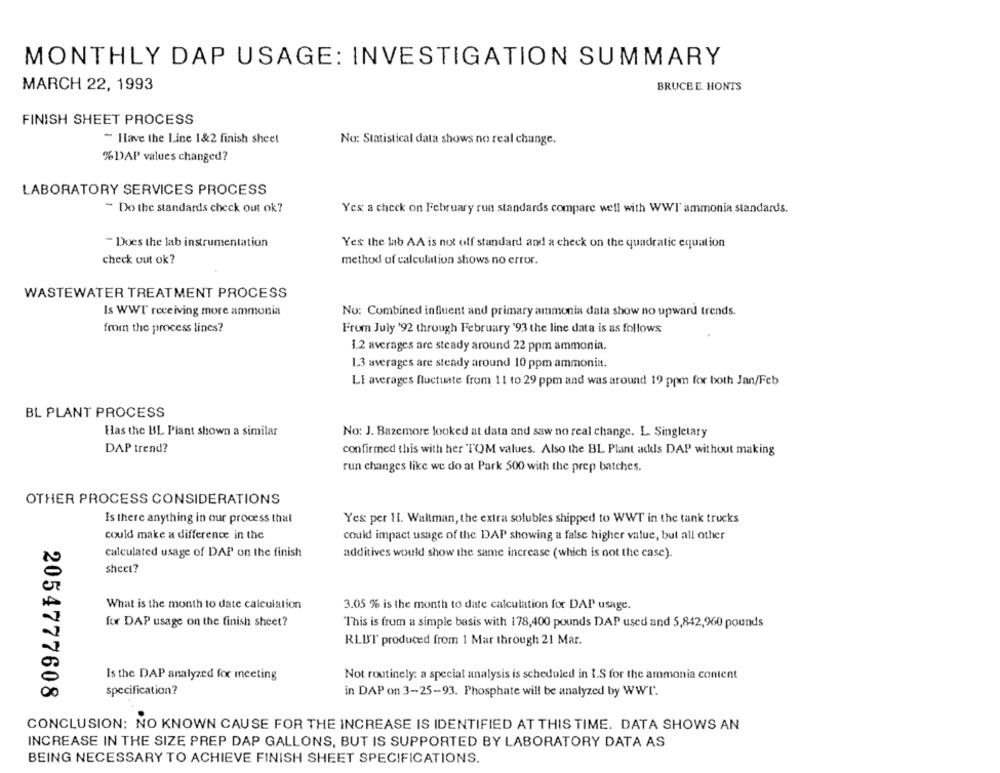
MONTHLY DAP USAGE: INVESTIGATION SUMMARY
MARCH 22, 1993
BRUCEE. HONTS
FINISH SHEET PROCESS
~ Have the Line 1&2 finish sheet
No: Statistical data shows no real change.
% DAP values changed?
LABORATORY SERVICES PROCESS
" Do the standards check out ok?
Yes a check on February run standards compare well with WWI ammonia standards.
" Does the lab instrumentation
Yes the lab AA is not off standard and a check on the quadratic equation
check out ok?
method of calculation shows no error.
WASTEWATER TREATMENT PROCESS
Is WWT receiving more ammonia
No: Combined influent and primary ammonia data show no upward trends.
from the process lines?
From July '92 through February '93 the line data is as follows
1.2 averages are steady around 22 ppm ammonia.
1.3 averages are steady around 10 ppm ammonia.
LI averages fluctuate from 11 to 29 ppm and was around 19 ppm for both Jan/Feb
BL PLANT PROCESS
Has the BL Piant shown a similar
No: J. Bazemore looked at data and saw no real change. L. Singletary
DAP trend?
confirmed this with her TOM values. Also the BL Plant adds DAP without making
run changes like we do at Park 500 with the prep batches.
OTHER PROCESS CONSIDERATIONS
Is there anything in our process that
Yes per H. Waltman, the extra solubles shipped to WWT in the tank trucks
could make a difference in the
could impact usage of the DAP showing a false higher value, but all other
calculated usage of DAP on the finish
additives would show the same increase (which is not the case).
sheet?
What is the month to date calculation
3.05 % is the month to date calculation for DAP usage.
for DAP usage on the finish sheet?
This is from a simple basis with 178,400 pounds DAP used and 5,842,960 pounds
RLUFT produced from 1 Mar through 21 Mar.
Is the DAP analyzed for meeting
Not routinely: a special analysis is scheduled in I.S for the ammonia content
2054777608
specification?
in DAP on 3-25-93. Phosphate will be analyzed by WWT.
CONCLUSION: NO KNOWN CAUSE FOR THE INCREASE IS IDENTIFIED AT THIS TIME. DATA SHOWS AN
INCREASE IN THE SIZE PREP DAP GALLONS, BUT IS SUPPORTED BY LABORATORY DATA AS
BEING NECESSARY TO ACHIEVE FINISH SHEET SPECIFICATIONS.